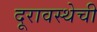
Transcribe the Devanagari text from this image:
दूरावस्थेची